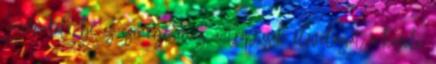
Lauderdale-be és ismerje meg a trópusok élővilágát a közeli